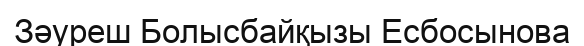
Зәуреш Болысбайқызы Есбосынова